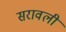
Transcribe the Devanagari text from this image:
सरावली